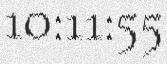
10:11:55